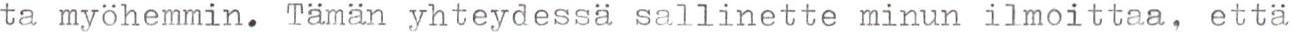
ta myöhemmin. Tämän yhteydessä sallinette minun ilmoittaa, että